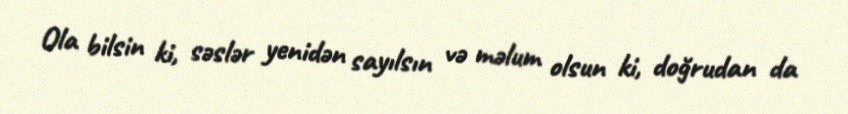
Ola bilsin ki, səslər yenidən sayılsın və məlum olsun ki, doğrudan da